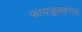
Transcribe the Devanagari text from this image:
फायज़ुलहराम